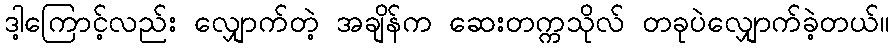
ဒါ့ကြောင့်လည်း လျှောက်တဲ့ အချိန်က ဆေးတက္ကသိုလ် တခုပဲလျှောက်ခဲ့တယ်။